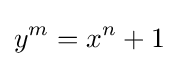
y^{m}=x^{n}+1